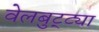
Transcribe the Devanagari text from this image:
वेलबुट्ट्या